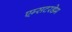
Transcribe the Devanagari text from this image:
एम्सटरडेम